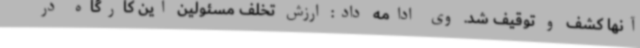
آنها کشف و توقیف شد. وی ادامه داد: ارزش تخلف مسئولین این کارگاه در